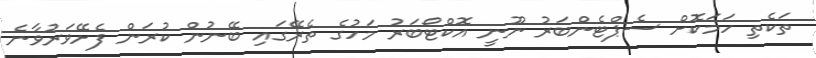
ތަކެތި ހަމަކޮށް ސެޕްޓެންބަރު ނޫނީ އޮކްޓޯބަރު މަހުގެ ތެރޭގައި ބޭނުން ކުރަން ފެށޭވަރުވާނެ